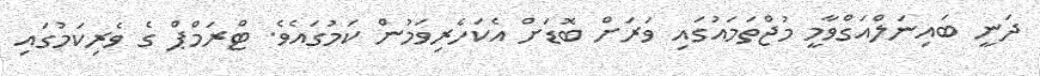
ދަނީ ބައިނަލްއަގްވާމީ މުޖްތަމައުގައި ވަރަށް ބޮޑަށް އެކަހެރިވަމުން ކަމުގައެވެ. ޓްރަމްޕް ގެ ވެރިކަމުގައި